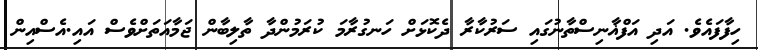
ހިފާފައެވެ. އަދި އަފްޣާނިސްތާނުގައި ސަރުކާރާ ދެކޮޅަށް ހަނގުރާމަ ކުރަމުންދާ ތާލިބާން ޖަމާއަތަށްވެސް އައި.އެސްއިން